Annual administration report of the Civil Veterinary Department of India - 1904-1905
Year: 1904
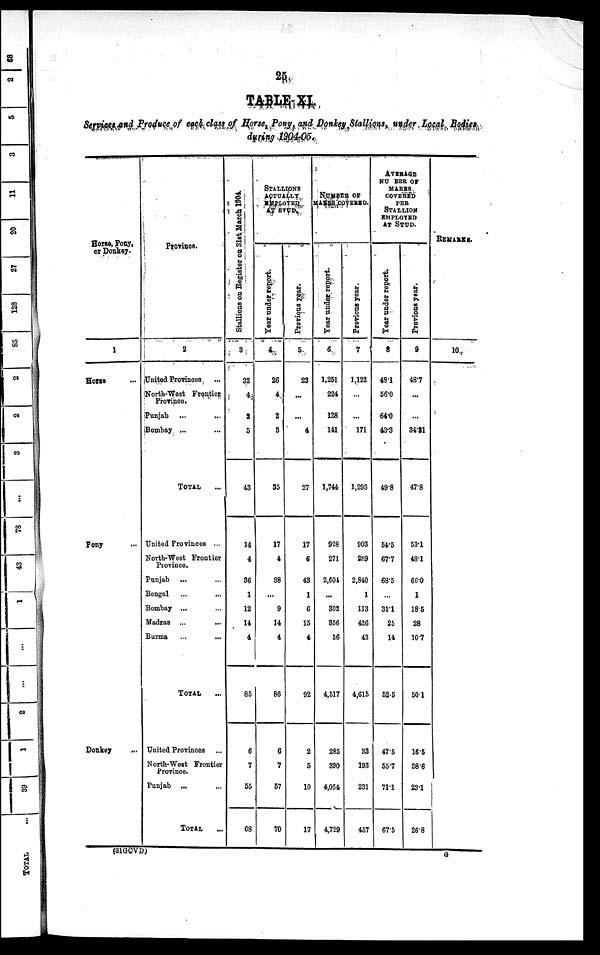
26
TABLE XI.
Services and Produce of each class of Horse, Pony, and Donkey Stallions, under Local Bodies
during 1904-05.
Horse, Pony,
or Donkey.
1
Horse ...
Pony ...
Donkey ...
Province.
2
United Provinces
North-West Frontier
Province.
Punjab ... ...
Bombay ... ...
TOTAL ...
United Provinces ...
North-West Frontier
Province.
Punjab
... ...
Bengal ... ...
Bombay ... ...
Madras ... ...
Burma ... ...
TOTAL...
United Provinces
North-West Frontier
Province.
Punjab ... ...
TOTAL
Stallions
on
Regi s t
er on 31st March 1904
3
32
4
2
5
43
14
4
36
1
12
14
4
85
6
7
55
68
STALLIONS
ACTUALLY
EMPLOYED
AT STUD.
Year under report.
4
26
4
2
3
35
17
4
88
...
9
14
4
86
6
7
57
70
Previous year.
5
23
...
...
4
27
17
6
43
1
6
15
4
92
2
5
10
17
NUMBER OF
MARES COVERED.
Year under report.
6
1,251
224
128
141
1,744
928
271
2,601
...
302
356
56
4,517
285
390
4,054
4,729
Pr evi ous year .
7
1,122
...
...
171
1,293
903
289
2,840
1
113
426
43
4,615
83
193
231
457
AVERAGE
NUMBER OF
MARES
COVERED
PER
STALLION
EMPLOYED
AT STUD.
Year under report.
8
48.1
56.0
64.0
43.3
49.8
54.5
67.7
68.5
...
31.1
25
14
52.5
47.5
55.7
71.1
67.5
Previous year.
9
48.7
...
...
34.31
47.8
53.1
48.1
66.0
1
18.5
28
10.7
50.1
16.5
38.6
23.1
26.8
REMARKS.
10
(31GCVD)
G